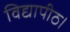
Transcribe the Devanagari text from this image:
विद्यापीठ।